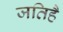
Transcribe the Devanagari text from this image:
जतिहै